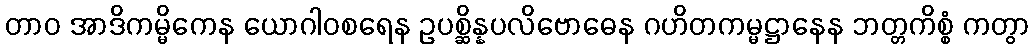
တာဝ အာဒိကမ္မိကေန ယောဂါဝစရေန ဥပစ္ဆိန္နပလိဗောဓေန ဂဟိတကမ္မဋ္ဌာနေန ဘတ္တကိစ္စံ ကတွာ